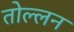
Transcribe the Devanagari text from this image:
तोल्लन